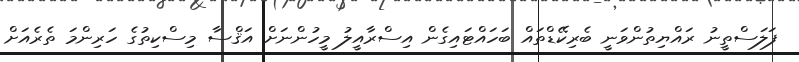
ފަލަސްތީނު ރައްޔިތުންވަނީ ބެރިކޭޑްތައް ބަހައްޓައިގެން އިސްރާއީލު މީހުންނަށް އަޤްސާ މިސްކިތުގެ ހަރިންމަ ތެރެއަށް